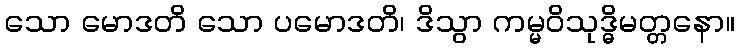
သော မောဒတိ သော ပမောဒတိ၊ ဒိသွာ ကမ္မဝိသုဒ္ဓိမတ္တနော။